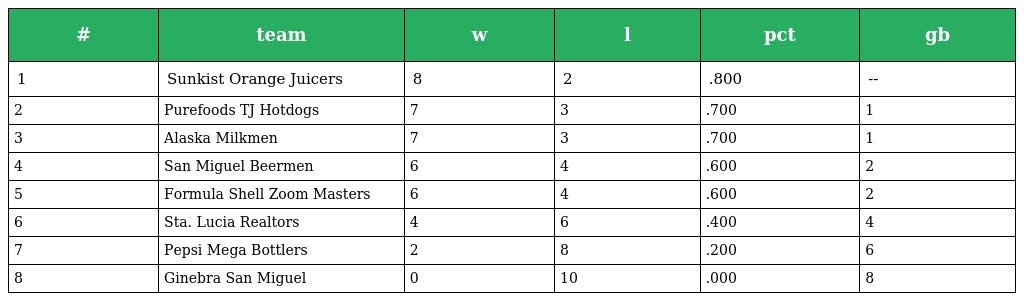
| # | team | w | l | pct | gb |
 | --- | --- | --- | --- | --- | --- |
 | 1 | Sunkist Orange Juicers | 8 | 2 | .800 | -- |
 | 2 | Purefoods TJ Hotdogs | 7 | 3 | .700 | 1 |
 | 3 | Alaska Milkmen | 7 | 3 | .700 | 1 |
 | 4 | San Miguel Beermen | 6 | 4 | .600 | 2 |
 | 5 | Formula Shell Zoom Masters | 6 | 4 | .600 | 2 |
 | 6 | Sta. Lucia Realtors | 4 | 6 | .400 | 4 |
 | 7 | Pepsi Mega Bottlers | 2 | 8 | .200 | 6 |
 | 8 | Ginebra San Miguel | 0 | 10 | .000 | 8 |